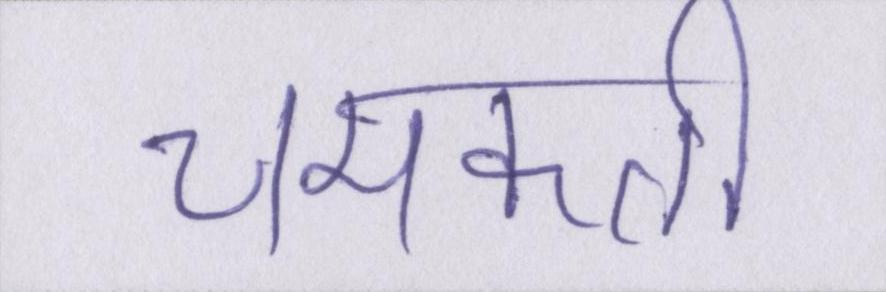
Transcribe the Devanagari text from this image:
चमकती